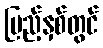
ပြည့်နှစ်တွင်